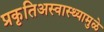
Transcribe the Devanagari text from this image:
प्रकृतिअस्वास्थ्यामुळे